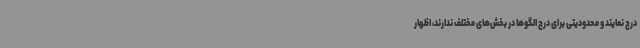
درج نمایند و محدودیتی برای درج الگوها در بخش‌های مختلف ندارند، اظهار